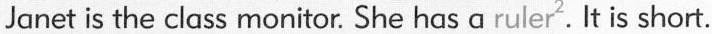
Janet is the class monitor. She has a ruler^{2}. It is short.